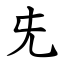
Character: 兂